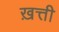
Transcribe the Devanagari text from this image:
ख़त्ती